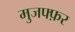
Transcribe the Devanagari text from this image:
मुजफ्फ़र